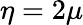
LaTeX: \eta=2\mu